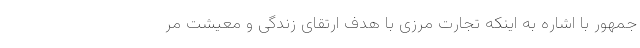
جمهور با اشاره به اینکه تجارت مرزی با هدف ارتقای زندگی و معیشت مر